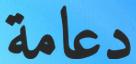
دعامة